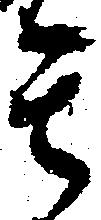
其